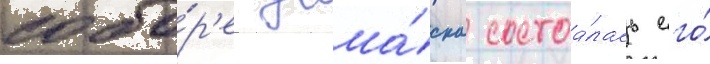
собо́р'е дама́ска состоа́лась его́